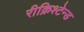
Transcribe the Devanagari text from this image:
रीक्रिश्टेन्ड